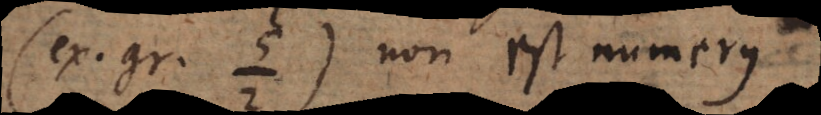
(ex. gr.) non est numerus